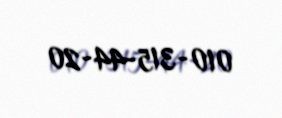
010-315-44-20